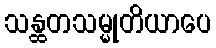
သန္ထတသမ္မုတိယာပေ